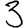
Digit: 3